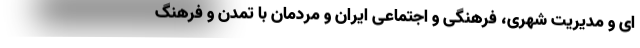
ای و مدیریت شهری، فرهنگی و اجتماعی ایران و مردمان با تمدن و فرهنگ